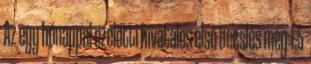
Az egy hónappal ezelőtti hivatalos első becslés még 1,5